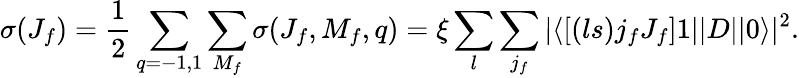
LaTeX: \sigma(J_{f})=\frac{1}{2}\sum_{q=-1,1}\sum_{M_{f}}\sigma(J_{f},M_{f},q)=\xi\sum_{l}\sum_{j_{f}}|\langle\left[(ls)j_{f}J_{f}\right]1||D||0\rangle|^{2}.